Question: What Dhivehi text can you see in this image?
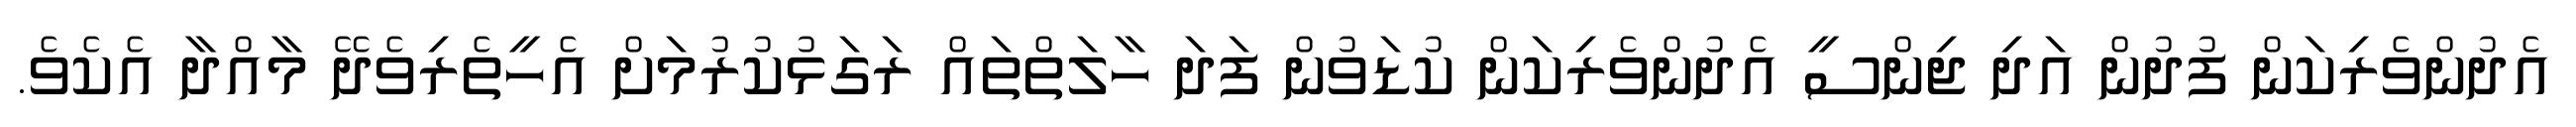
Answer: އެދުންވެރިކަން ފުދުން އަދި ޖިންސީ އެދުންވެރިކަން ކުޑަވުން ފަދަ ހާލަތްތައް ރަގަޅުކުރުމަށް އެހީތެރިވެދޭ މާއްދާ އެކެވެ.